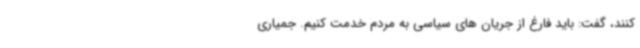
کنند، گفت: باید فارغ از جریان های سیاسی به مردم خدمت کنیم. جمیاری